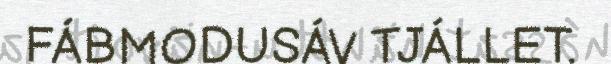
FÁBMODUSÁV TJÁLLET.